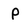
Character: P